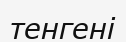
тенгені